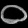
Digit: ၀